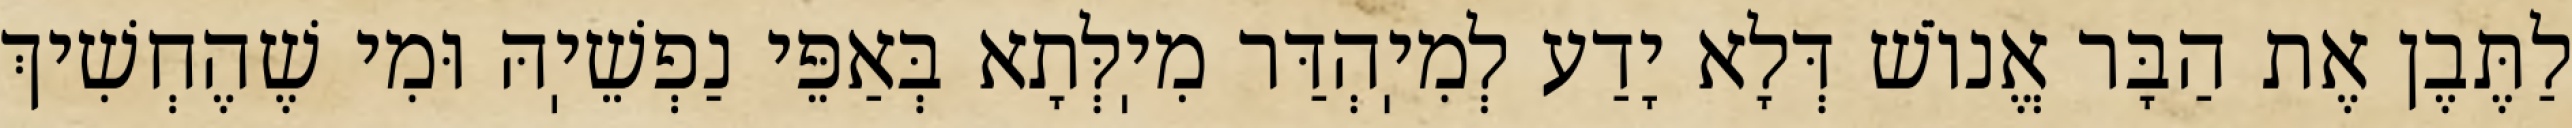
לַתֶּבֶן אֶת הַבָּר אֱנוֹשׁ דְּלָא יָדַע לְמִיֽהְדַּר מִיֽלְּתָא בְּאַפֵּי נַפְשֵׁיֽהּ וּמִי שֶׁהֶחְשִׁיךְ